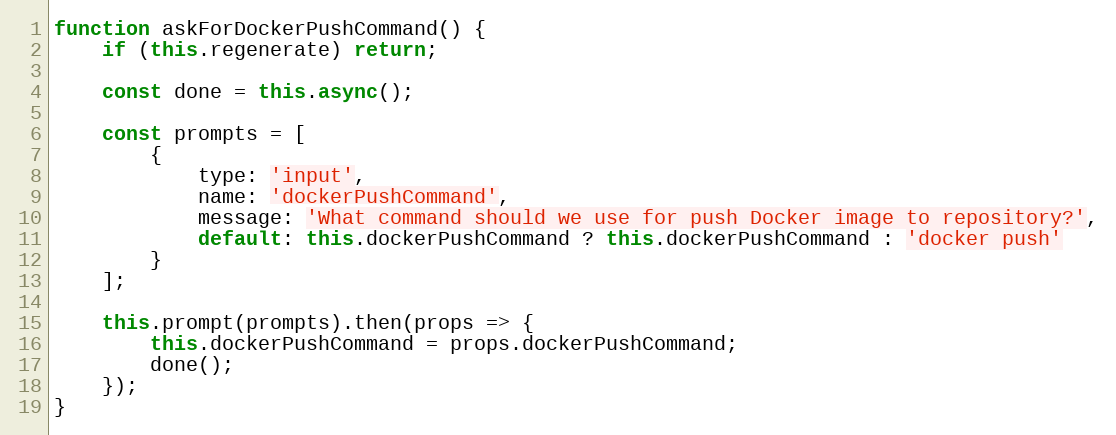
Language: JavaScript
function askForDockerPushCommand() {
    if (this.regenerate) return;

    const done = this.async();

    const prompts = [
        {
            type: 'input',
            name: 'dockerPushCommand',
            message: 'What command should we use for push Docker image to repository?',
            default: this.dockerPushCommand ? this.dockerPushCommand : 'docker push'
        }
    ];

    this.prompt(prompts).then(props => {
        this.dockerPushCommand = props.dockerPushCommand;
        done();
    });
}